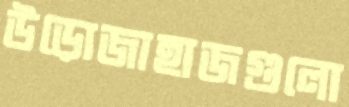
উড়োজাহাজগুলো